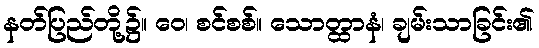
နတ်ပြည်တို့၌။ ဝေ၊ စင်စစ်။ သောတ္ထာနံ၊ ချမ်းသာခြင်း၏